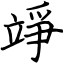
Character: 竫